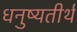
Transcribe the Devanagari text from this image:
धनुष्यतीर्थ